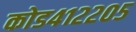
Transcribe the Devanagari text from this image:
कोड४१२२०५